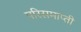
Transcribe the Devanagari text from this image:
परिसमाप्ती